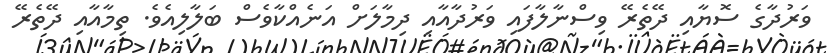
ވަރުދާގެ ސޮޔާއި ދޭތެރޭ ވިސްނާލާފައި ވަރުދާއާއި ދިމާލަށް އަނެއްކާވެސް ބަލާލިއެވެ. ތިމާއާއި ދޭތެރޭ